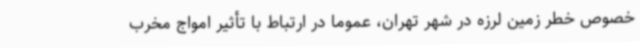
خصوص خطر زمین لرزه در شهر تهران، عموماً در ارتباط با تأثیر امواج مخرب